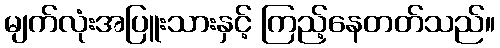
မျက်လုံးအပြူးသားနှင့် ကြည့်နေတတ်သည်။